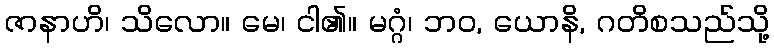
ဇာနာဟိ၊ သိလော။ မေ၊ ငါ၏။ မဂ္ဂံ၊ ဘဝ, ယောနိ, ဂတိစသည်သို့